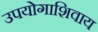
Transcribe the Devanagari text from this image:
उपयोगाशिवाय